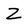
Character: Z